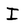
Character: I